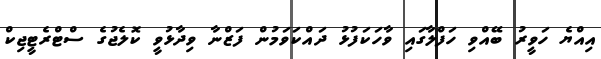
އިއްޔެ ހަވީރު ބޭއްވި ހަފްލާގައި ވާހަކަފުޅު ދައްކަވަމުން ފަޒްނާ ވިދާޅުވީ ކޮލެޖުގެ ސްޓްރެޓީޖިކް